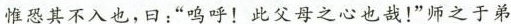
惟恐其不入也，曰：”呜呼！此父母之心也哉！”师之于弟